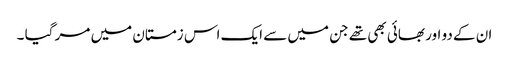
ان کے دو اور بھائی بھی تھے جن میں سے ایک اس زمستان میں مر گیا ۔